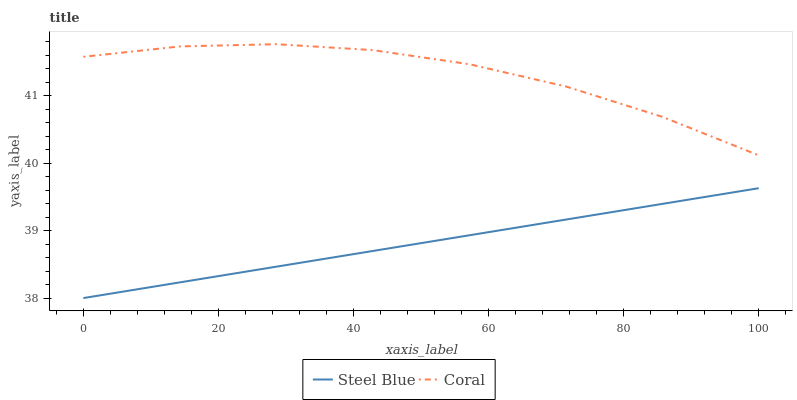
| xaxis_label | Steel Blue | Coral |
 | --- | --- | --- |
 | 0 | 38 | 41.6 |
 | 14.3 | 38.2 | 41.7 |
 | 28.6 | 38.5 | 41.8 |
 | 42.9 | 38.7 | 41.7 |
 | 57.1 | 38.9 | 41.5 |
 | 71.4 | 39.2 | 41.1 |
 | 85.7 | 39.4 | 40.7 |
 | 100 | 39.6 | 40.1 |